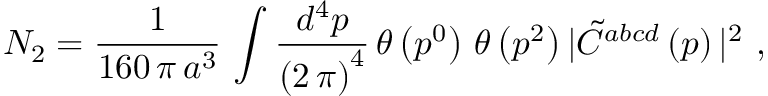
N _ { 2 } = \frac { 1 } { 1 6 0 \, \pi \, a ^ { 3 } } \, \int \frac { d ^ { 4 } p } { \left( 2 \, \pi \right) ^ { 4 } } \, \theta \left( p ^ { 0 } \right) \, \theta \left( p ^ { 2 } \right) \vert { \tilde { C } } ^ { a b c d } \left( p \right) \vert ^ { 2 } \, \, ,